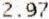
2.97